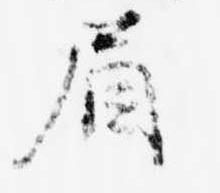
眉